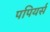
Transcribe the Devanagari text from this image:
पपियर्स